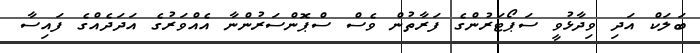
ބަލަކް އަދި ވިދާޅުވީ ސަޕޯޓަރުންގެ ފަރާތުން ވެސް ސްޕޮންސަރުންނާ އެއްވަރުގެ އަދަދެއްގެ ފައިސާ